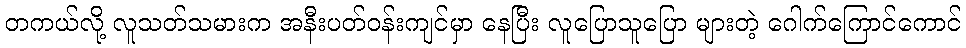
တကယ်လို့ လူသတ်သမားက အနီးပတ်ဝန်းကျင်မှာ နေပြီး လူပြောသူပြော များတဲ့ ဂေါက်ကြောင်ကောင်